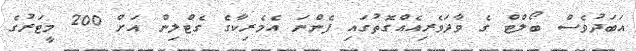
އަބަދުވެސް ބޯލްޓް ގެ ވާދަވެރިއެއްގޮތުގައި ފެންނަ އެމެރިކާގެ ގެޓްލިން އަށް 200 މީޓަރުގެ